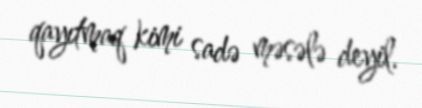
qayıtmaq kimi sadə məsələ deyil.